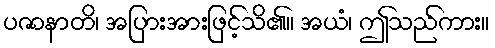
ပဇာနာတိ၊ အပြားအားဖြင့်သိ၏။ အယံ၊ ဤသည်ကား။